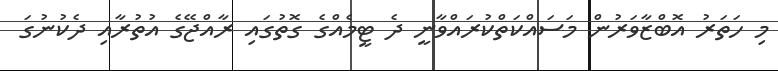
މި ހަތަރު އޮބްޒާވަރުން މަސައްކަތްކުރައްވާނީ ދެ ޓީމެއްގެ ގޮތުގައި ރާއްޖޭގެ އުތުރާއި ދެކުނުގަ